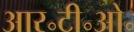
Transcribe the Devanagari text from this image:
आर॰टी॰ओ॰